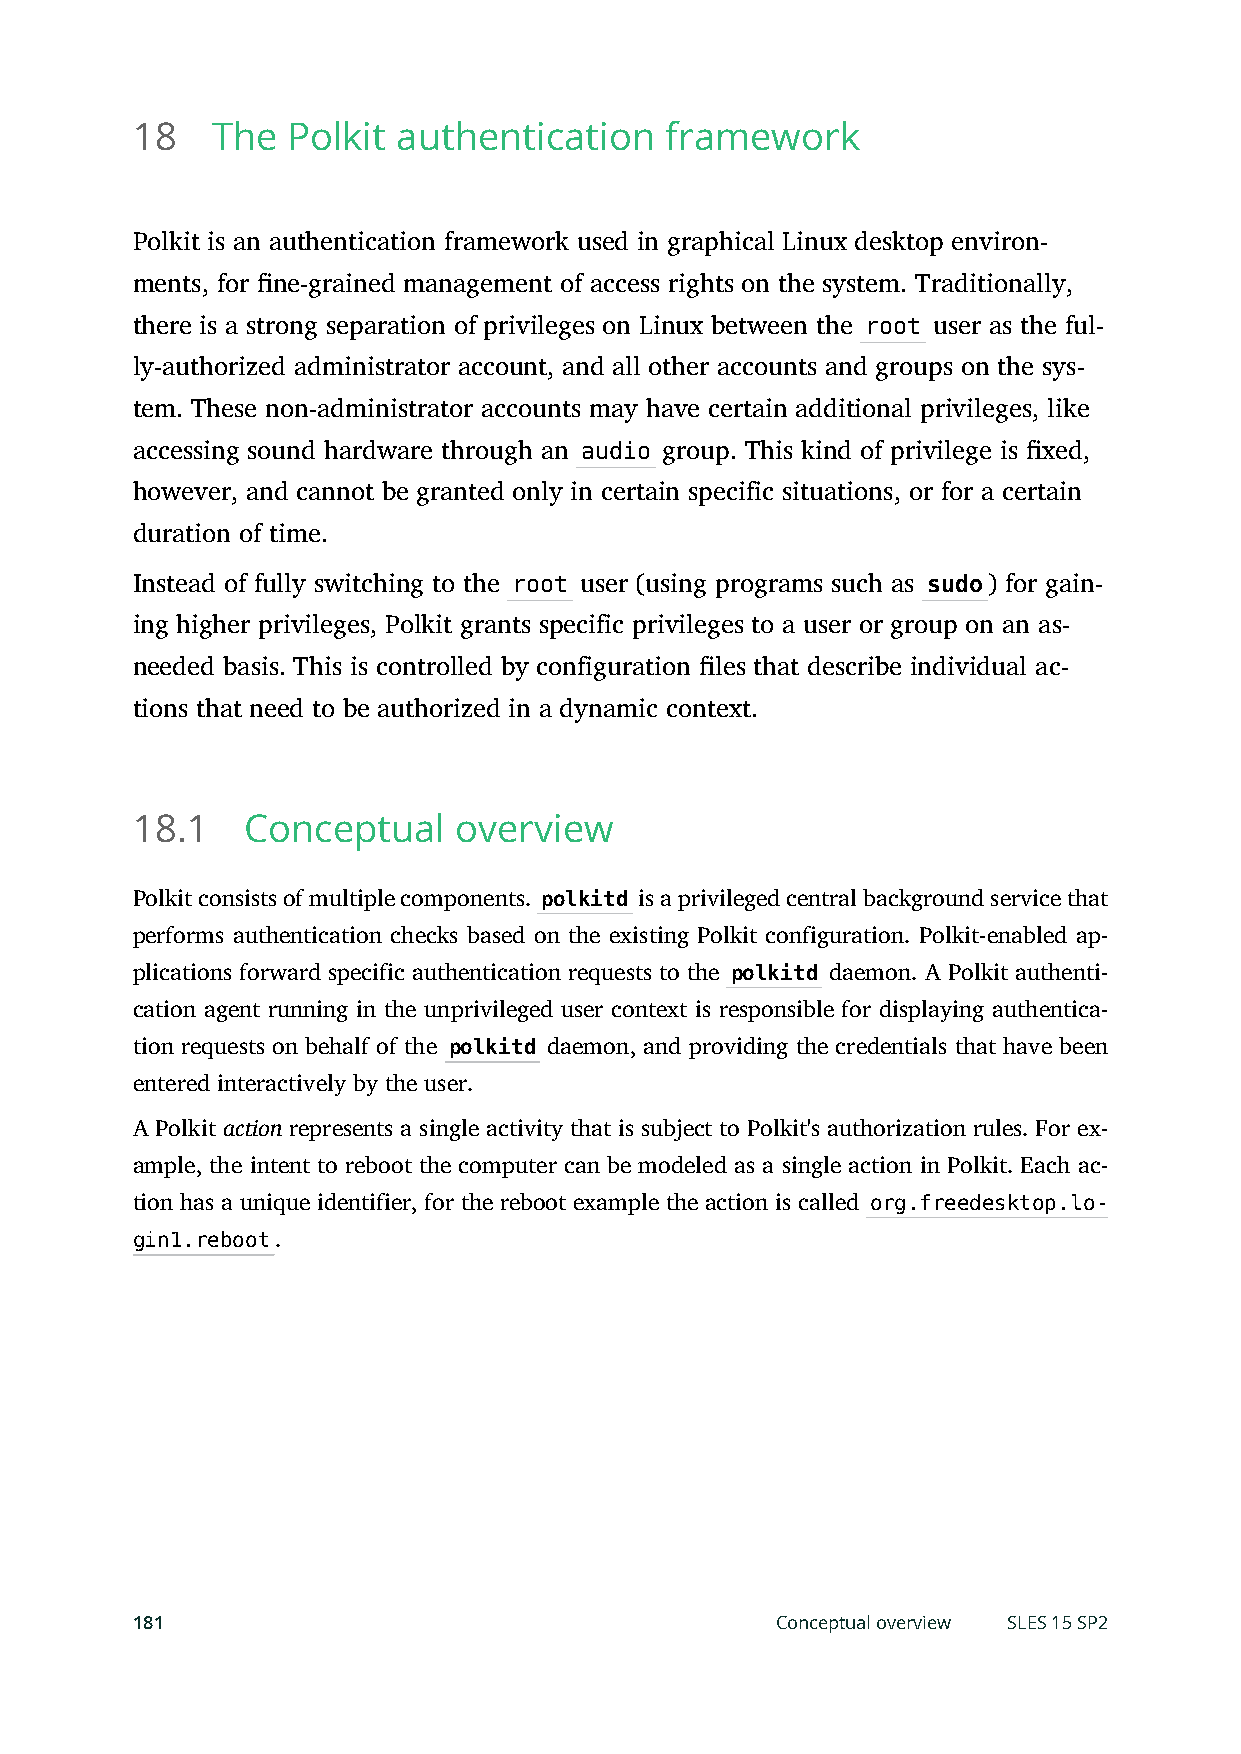
18   The  Polkit authentication    framework
 Polkit is an authentication framework used in graphical Linux desktop environ-
 ments, for ne-grained management of access rights on the system. Traditionally,
 there is a strong separation of privileges on Linux between the root user as the ful-
 ly-authorized administrator account, and all other accounts and groups on the sys-
 tem. These non-administrator accounts may have certain additional privileges, like
 accessing sound hardware through an audio group. This kind of privilege is xed,
 however, and cannot be granted only in certain specific situations, or for a certain
 duration of time.
 Instead of fully switching to the root user (using programs such as sudo) for gain-
 ing higher privileges, Polkit grants specific privileges to a user or group on an as-
 needed basis. This is controlled by configuration les that describe individual ac-
 tions that need to be authorized in a dynamic context.
 18.1   Conceptual    overview
 Polkit consists of multiple components. polkitd is a privileged central background service that
 performs authentication checks based on the existing Polkit configuration. Polkit-enabled ap-
 plications forward specific authentication requests to the polkitd daemon. A Polkit authenti-
 cation agent running in the unprivileged user context is responsible for displaying authentica-
 tion requests on behalf of the polkitd daemon, and providing the credentials that have been
 entered interactively by the user.
 A Polkit action represents a single activity that is subject to Polkit's authorization rules. For ex-
 ample, the intent to reboot the computer can be modeled as a single action in Polkit. Each ac-
 tion has a unique identifier, for the reboot example the action is called org.freedesktop.lo-
 gin1.reboot.
 181                                       Conceptual overview SLES 15 SP2